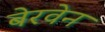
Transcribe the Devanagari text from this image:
बेरवेन